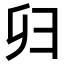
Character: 𢑏